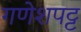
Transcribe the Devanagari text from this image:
गणेशपट्ट